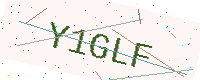
Text: Y1GLF